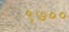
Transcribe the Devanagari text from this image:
९७००